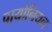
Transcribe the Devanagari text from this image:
पायोनियन